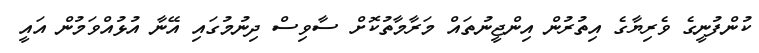
ކުންފުނީގެ ވެރިޔާގެ އިތުރުން އިންޖީނުތައް މަރާމާތުކޮށް ސާވިސް ދިނުމުގައި އޭނާ އުޅުއްވަމުން އައީ